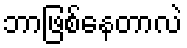
ဘာဖြစ်နေတာလဲ